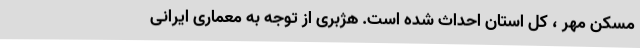
مسکن مهر ، کل استان احداث شده است. هژبری از توجه به معماری ایرانی